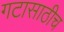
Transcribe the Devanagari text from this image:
गटासाठीच